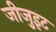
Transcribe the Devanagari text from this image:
जीजु़इट